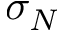
\sigma _ { N }